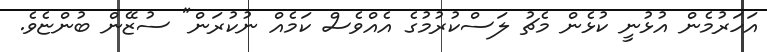
އަހަރުމެން އުޅުނީ ކުޅެން މެޗު ލަސްކުރުމުގެ އެއްވެސް ކަމެއް ނުކުރަން" ސުޒޭން ބުންޏެވެ.